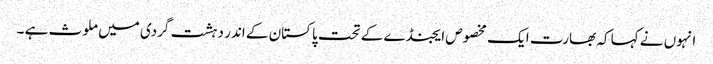
انہوں نے کہا کہ بھارت ایک مخصوص ایجنڈے کے تحت پاکستان کے اندر دہشت گردی میں ملوث ہے ۔